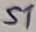
Text: S1